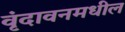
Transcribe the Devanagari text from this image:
वृंदावनमधील